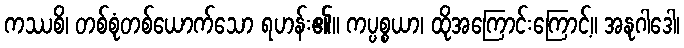
ကဿစိ၊ တစ်စုံတစ်ယောက်သော ရဟန်း၏။ ကပ္ပစ္စယာ၊ ထိုအကြောင်းကြောင့်။ အနုဂါဒေါ၊